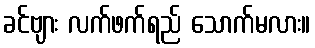
ခင်ဗျား လက်ဖက်ရည် သောက်မလား။